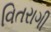
વિતરાગી